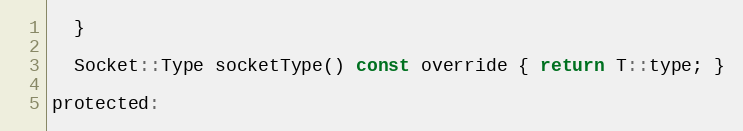
Language: C
  }

  Socket::Type socketType() const override { return T::type; }

protected: